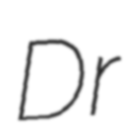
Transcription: Dr